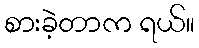
စားခဲ့တာက ရယ်။